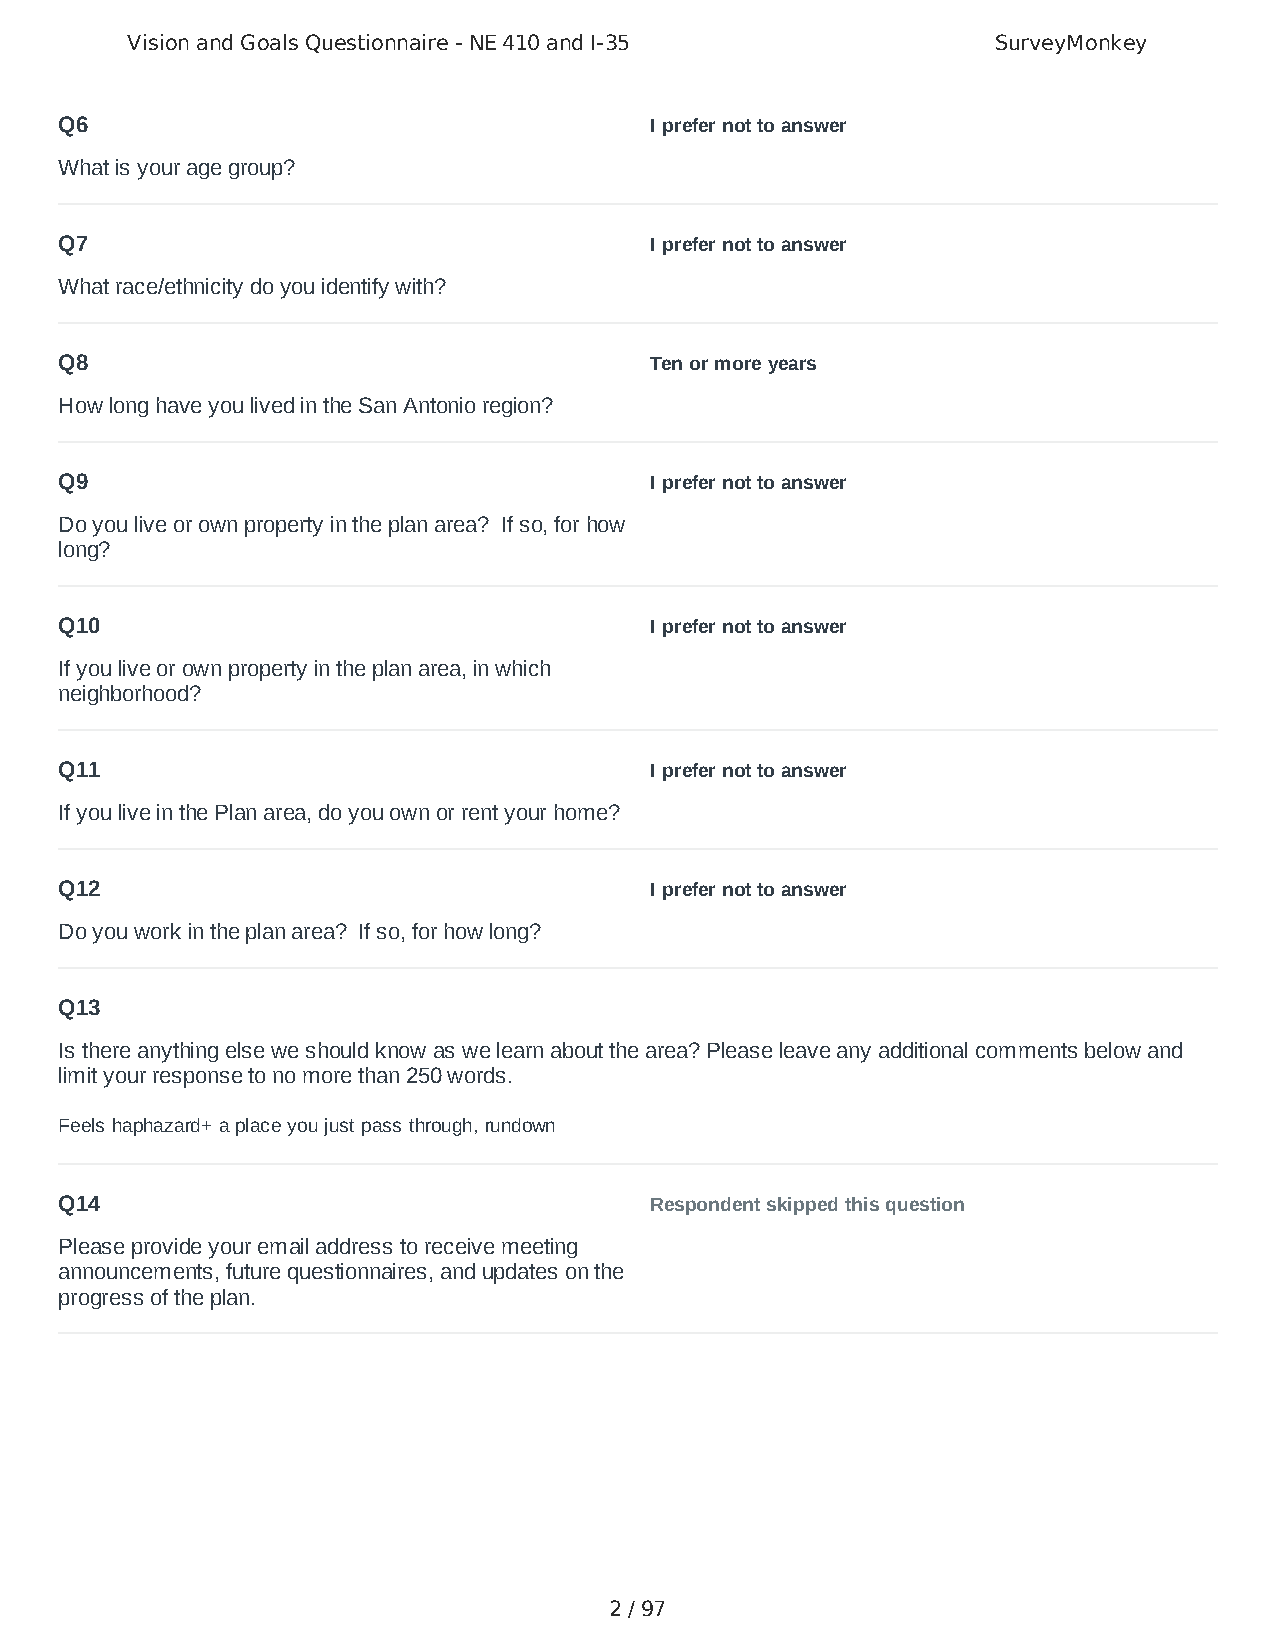
Vision and Goals Questionnaire - NE 410 and I-35          SurveyMonkey
 Q6                                     I prefer not to answer
 What is your age group?
 Q7                                     I prefer not to answer
 What race/ethnicity do you identify with?
 Q8                                     Ten or more years
 How long have you lived in the San Antonio region?
 Q9                                     I prefer not to answer
 Do you live or own property in the plan area? If so, for how
 long?
 Q10                                    I prefer not to answer
 If you live or own property in the plan area, in which
 neighborhood?
 Q11                                    I prefer not to answer
 If you live in the Plan area, do you own or rent your home?
 Q12                                    I prefer not to answer
 Do you work in the plan area? If so, for how long?
 Q13
 Is there anything else we should know as we learn about the area? Please leave any additional comments below and
 limit your response to no more than 250 words.
 Feels haphazard+ a place you just pass through, rundown
 Q14                                    Respondent skipped this question
 Please provide your email address to receive meeting
 announcements, future questionnaires, and updates on the
 progress of the plan.
 2 / 97